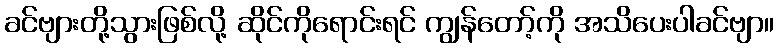
ခင်ဗျားတို့သွားဖြစ်လို့ ဆိုင်ကိုရောင်းရင် ကျွန်တော့်ကို အသိပေးပါခင်ဗျာ။